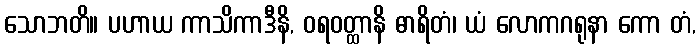
သောဘတိ။ ပဟာယ ကာသိကာဒီနိ, ဝရဝတ္ထာနိ ဓာရိတံ၊ ယံ လောကဂရုနာ ကော တံ,